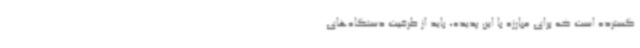
گسترده است که برای مبارزه با این پدیده، باید از ظرفیت دستگاه‌های